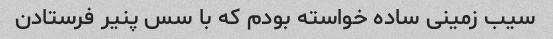
سیب زمینی ساده خواسته بودم که با سس پنیر فرستادن